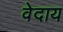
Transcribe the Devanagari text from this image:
वेदाय